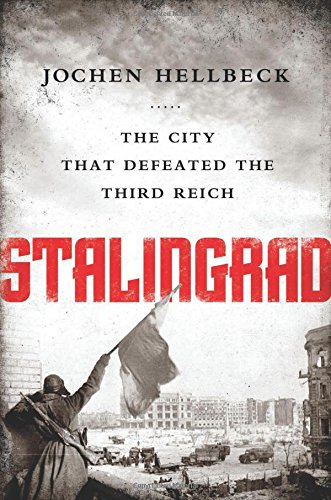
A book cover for Stalingrad: The City that Defeated the Third Reich; History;